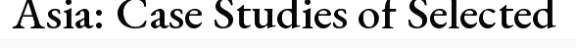
Asia: Case Studies of Selected